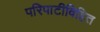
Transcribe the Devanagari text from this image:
परिपाटीविहित